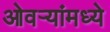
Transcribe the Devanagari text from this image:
ओवर्‍यांमध्ये